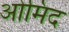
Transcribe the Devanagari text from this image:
ओमिद